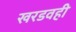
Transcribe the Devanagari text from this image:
खरडवही